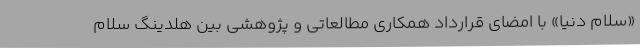
«سلام دنیا» با امضای قرارداد همکاری مطالعاتی و پژوهشی بین هلدینگ سلام